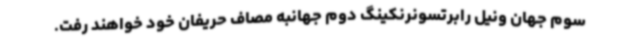
سوم جهان ونیل رابرتسونرنکینگ دوم جهانبه مصاف حریفان خود خواهند رفت.